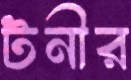
টনীর